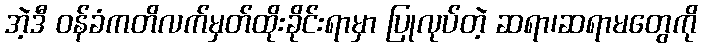
အဲ့ဒီ ဝန်ခံကတိလက်မှတ်ထိုးခိုင်းရာမှာ ပြုလုပ်တဲ့ ဆရာ၊ဆရာမတွေကို